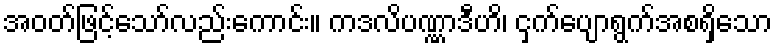
အဝတ်ဖြင့်သော်လည်းကောင်း။ ကဒလိပဏ္ဏာဒီဟိ၊ ငှက်ပျောရွက်အစရှိသော